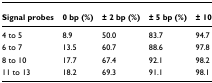
<table><thead><tr><td><b>Signal probes</b></td><td><b>0 bp (%)</b></td><td><b>± 2 bp (%)</b></td><td><b>± 5 bp (%)</b></td><td><b>± 10 bp (%)</b></td></tr></thead><tbody><tr><td>4 to 5</td><td>8.9</td><td>50.0</td><td>83.7</td><td>94.7</td></tr><tr><td>6 to 7</td><td>13.5</td><td>60.7</td><td>88.6</td><td>97.8</td></tr><tr><td>8 to 10</td><td>17.7</td><td>67.4</td><td>92.1</td><td>98.2</td></tr><tr><td>11 to 13</td><td>18.2</td><td>69.3</td><td>91.1</td><td>98.1</td></tr></tbody></table>